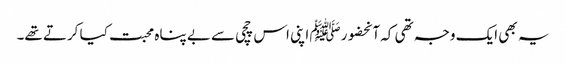
یہ بھی ایک وجہ تھی کہ آنحضورﷺ اپنی اس چچی سے بے پناہ محبت کیا کرتے تھے۔